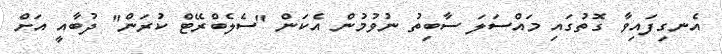
އެނގިފައިވާ ގޮތުގައި މައްސަލަ ސާބިތު ނުވުމުން އެކަން "ސެލެބްރޭޓް ކުރަން" ދުބާއީ އަށް